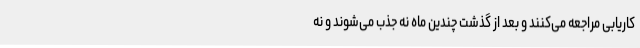
کاریابی مراجعه می‌کنند و بعد از گذشت چندین ماه نه جذب می‌شوند و نه